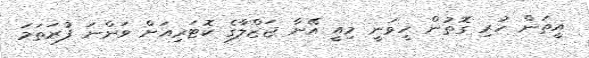
އީތަން ހުރި ގޮތުން ހީވަނީ މިއީ އޭނާ ޖަޒްލާގެ ކޮޓަރިއަށް ވަންނަ ފުރަތަމަ